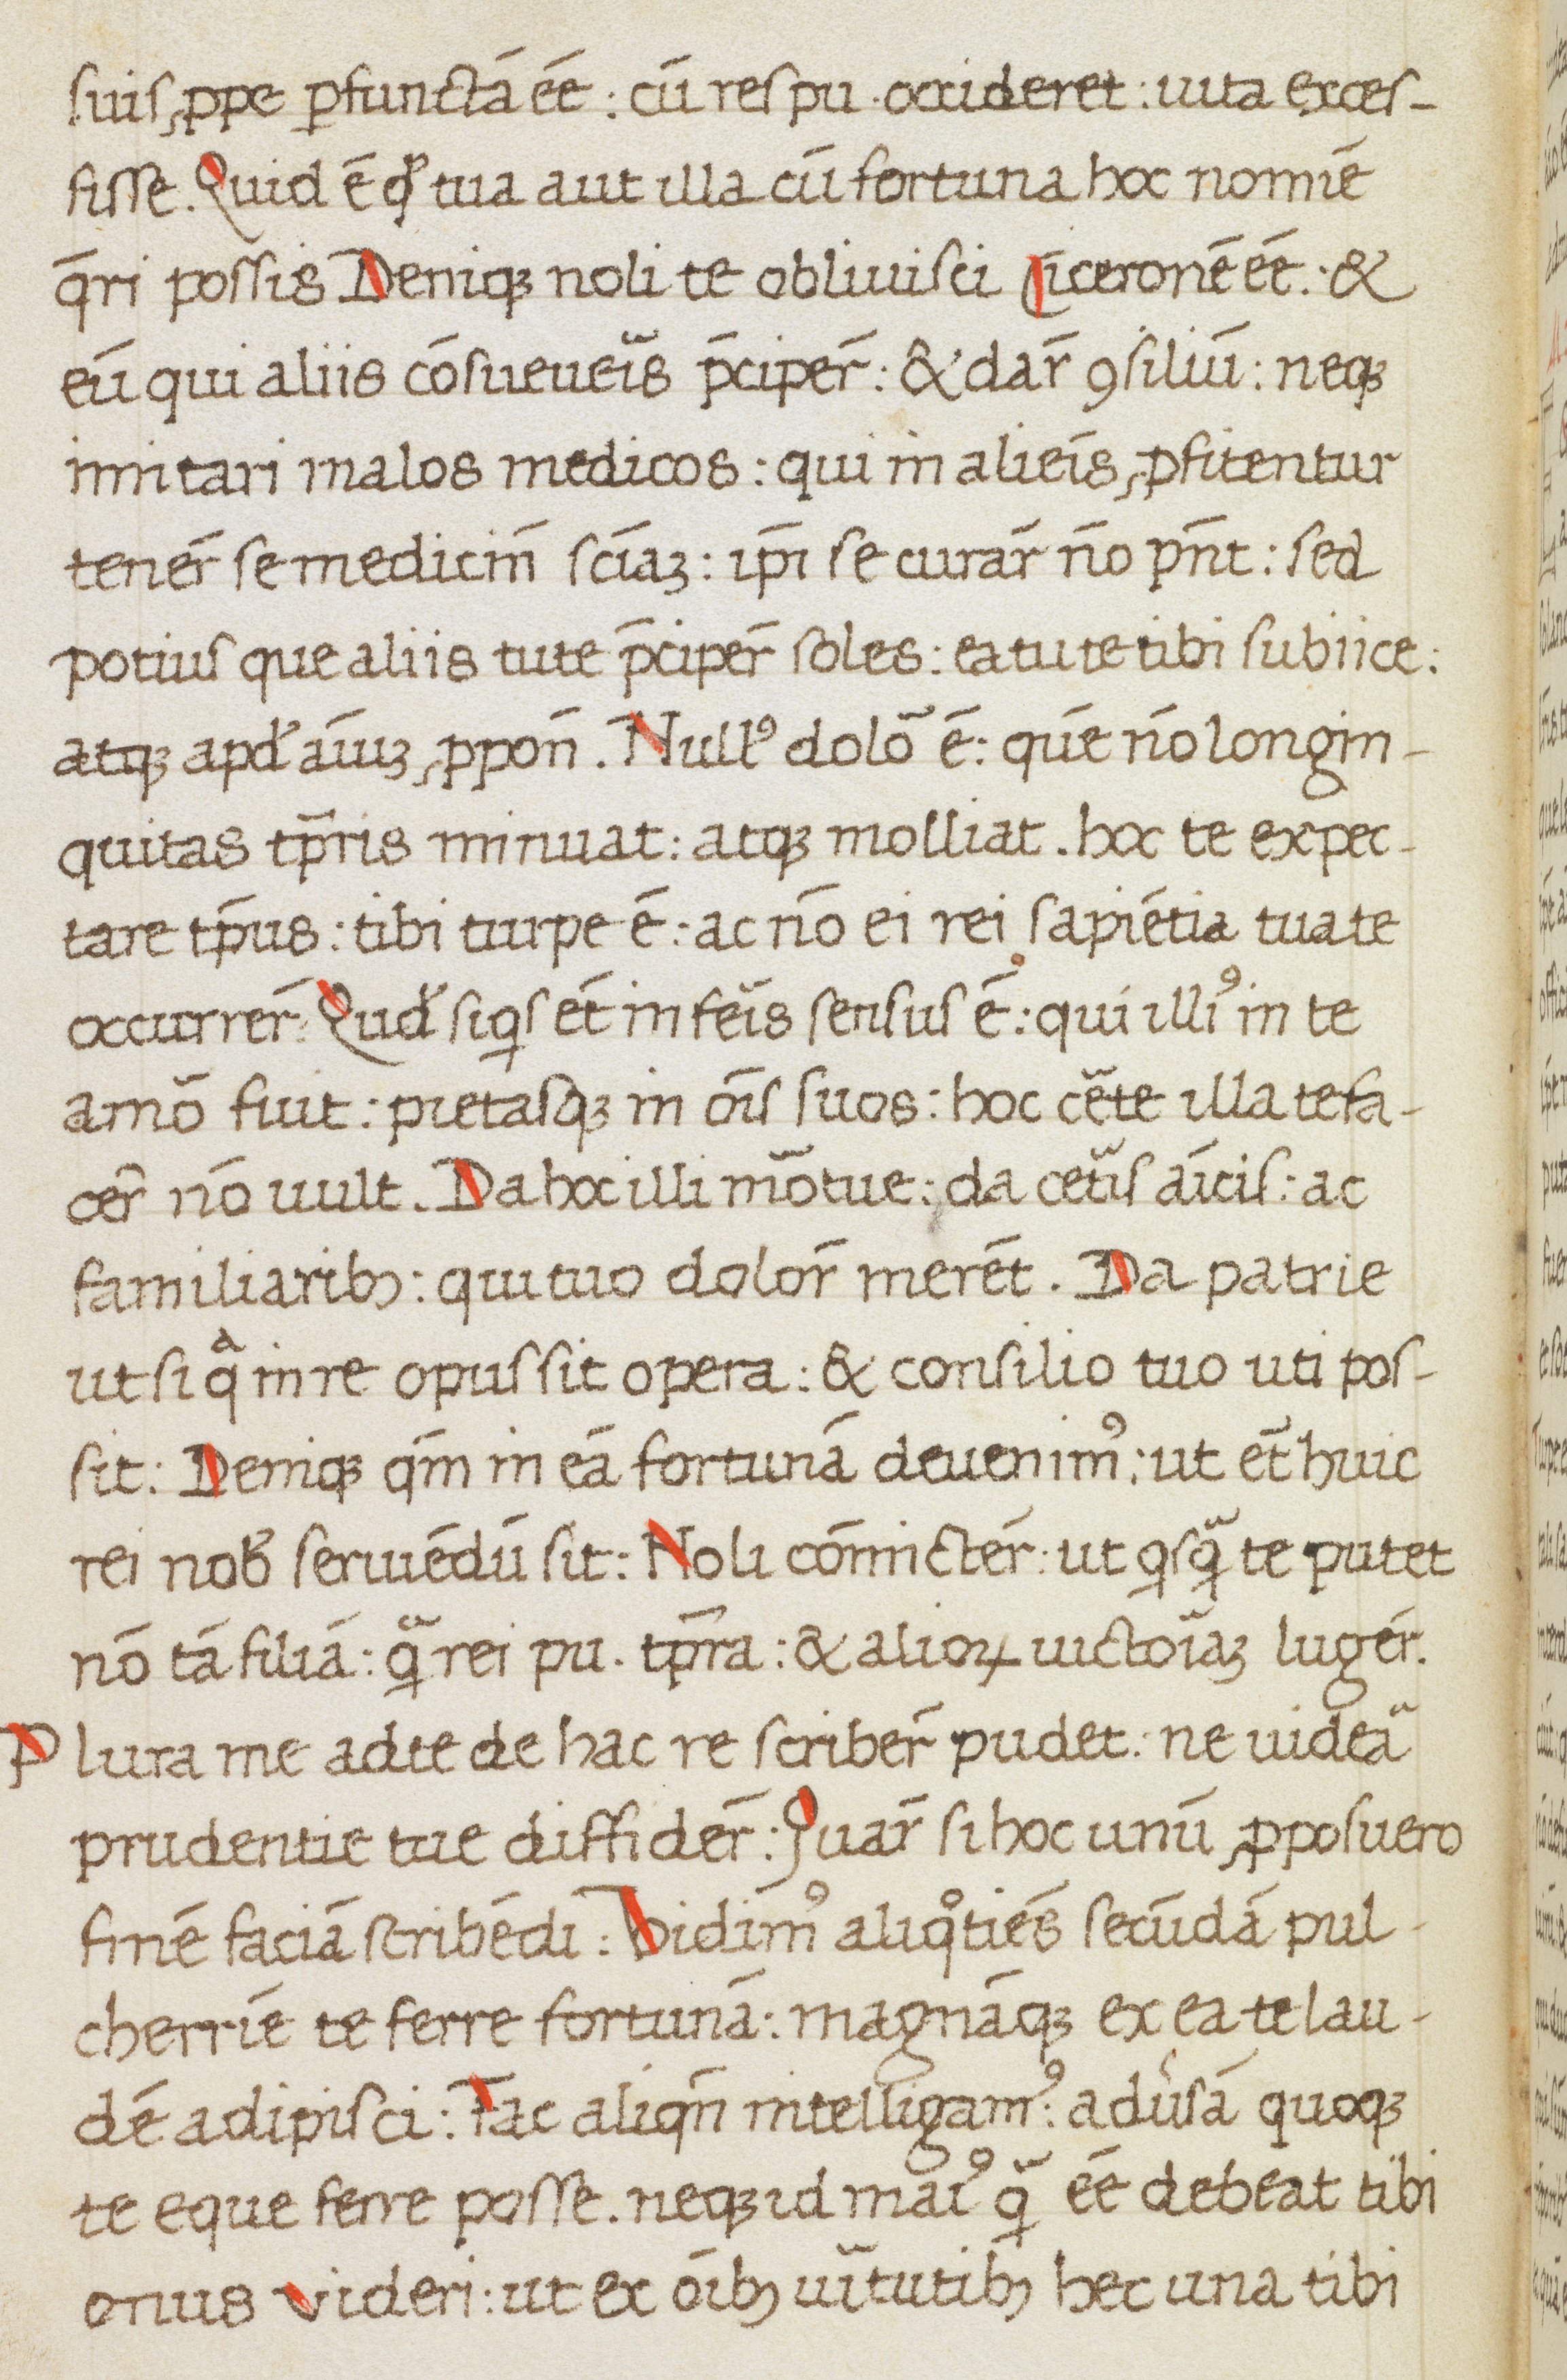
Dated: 1475–1499